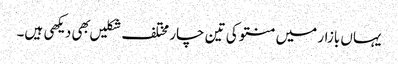
یہاں بازار میں منتو کی تین چار مختلف شکلیں بهی دیکهی ہیں۔